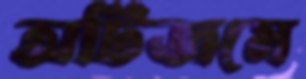
অটিজমে